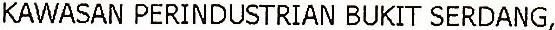
KAWASAN PERINDUSTRIAN BUKIT SERDANG,